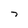
Character: 7